system: You are a helpful assistant.
user:
Analyze the provided spectrum to determine if it is a **White Dwarf (WD)**.

A White Dwarf spectrum is defined by its **extreme purity** (due to gravitational settling) and/or **extreme pressure broadening** (due to high surface gravity). You must check for one of the following mutually exclusive signatures:

- **Key Visual Indicators (Check for ONE of these types):**

    - **1. DA-Type Signature (Most Common):**
        - **(Primary Feature):** Extreme pressure broadening (Stark broadening) of the **Hydrogen (H) Balmer lines**.
        - **(Key Lines):** $H\beta$ (approx. $4861$ Å) and $H\gamma$ (approx. $4340$ Å). $H\alpha$ (approx. $6563$ Å) will also be present if the wavelength range covers it.
        - **(Line Profile):** This is the **defining feature**. The lines are **NOT** sharp. They appear as massive, **extremely broad and deep "troughs" or "dips"** in the spectrum, often hundreds of Ångströms wide. The continuum will appear to "scoop" down at these wavelengths.
        - **(Distinction):** Normal A-type or B-type stars have *narrow* and *sharp* Hydrogen lines. A DA White Dwarf's lines are unmistakably "smeared" or "blurry" from pressure.

    - **2. DB-Type Signature:**
        - **(Primary Feature):** Broad absorption lines from **Neutral Helium (He I)**. The spectrum must lack any visible Hydrogen lines.
        - **(Key Lines):** Look for broad absorption near $4471$ Å, $4921$ Å, and $5876$ Å.
        - **(Line Profile):** These lines are also significantly pressure-broadened, appearing much wider than they would in a normal B-type main-sequence star.

    - **3. DC-Type Signature:**
        - **(Primary Feature):** A **featureless continuous spectrum**.
        - **(Line Profile):** The spectrum is a smooth curve with **no significant absorption or emission lines**.
        - **(Key Confirmation):** The continuum is almost always **blue or white**, indicating a hot object. This signature implies the atmosphere is so pure (or so cool) that no spectral lines are visible in the optical range. Its WD identity is confirmed by its extremely low intrinsic brightness (high absolute magnitude).

    - **4. DZ-Type Signature (Metal-Polluted):**
        - **(Primary Feature):** **Isolated, narrow metal absorption lines** on an otherwise featureless (DC-like) continuum.
        - **(Key Lines):** The **Calcium (Ca II) H & K doublet** (approx. **$3934$ Å** and **$3968$ Å**) is the most common and defining feature.
        - **(Line Profile):** These lines are "out of place." They are *not* part of a "forest" of thousands of lines. This signature is evidence of recent *accretion* (pollution) from rocky debris.
        - **(Distinction):** Normal G/K/M stars have a *dense forest* of thousands of metal lines. A DZ has a *clean* continuum with *only a few* strong metal lines.

    - **5. DQ-Type Signature (Carbon-Polluted):**
        - **(Primary Feature):** Absorption bands from **Carbon (C₂ "Swan Bands" or atomic C I)**.
        - **(Key Lines - C₂):** Look for bandheads with a "saw-tooth" shape near $5635$ Å, **$5165$ Å** (strongest), and $4737$ Å.
        - **(Key Confirmation):** The underlying **continuum must be blue or white** (hot).
        - **(Distinction):** This is the critical difference from a **Carbon Star**, which has the *exact same* C₂ bands but on an extremely **red, cool** continuum.

- **(Overall Spectrum):**
    - The continuum (overall shape) is typically **blue-sloping** (brighter in the blue than the red), as most white dwarfs are very hot.
    - The spectrum will look "pure" or "simple," dominated by only *one* of the five signatures listed above.

Think first, call **spectral_visualization_tool** if needed to examine features in detail, then provide your final answer. Your response must adhere to the following strict rules:
1.  **Overall Structure:** Your response must follow the format `<think>...</think> <tool_call>...</tool_call> (if a tool is used) <answer>...</answer>`.
2.  **Tool Usage Constraint:** You may only make **one** tool call per turn.
3.  **Final Answer Format:** In the `<answer>` tag, your conclusion must be inside a `\boxed{}` command (e.g., `\boxed{YES}` or `\boxed{NO}`), followed by your justification.

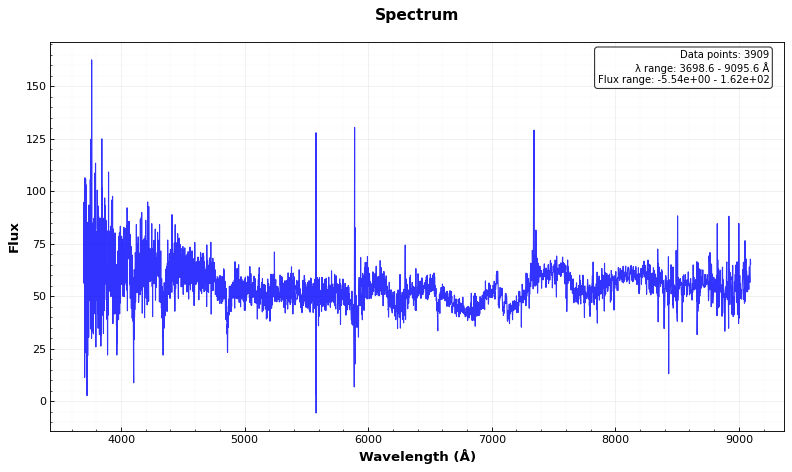
Answer: YES